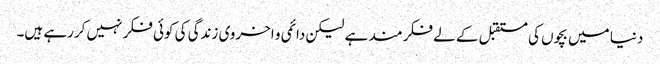
دنیا میں بچوں کی مستقبل کے لے فکر مند ہے لیکن دائمی و اخروی زندگی کی کوئی فکر نہیں کررہے ہیں۔